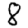
Digit: 8